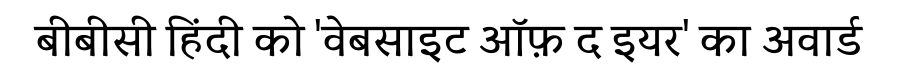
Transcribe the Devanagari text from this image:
बीबीसी हिंदी को 'वेबसाइट ऑफ़ द इयर' का अवार्ड